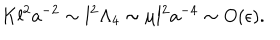
LaTeX: K l ^ { 2 } a ^ { - 2 } \sim l ^ { 2 } \Lambda _ { 4 } \sim \mu l ^ { 2 } a ^ { - 4 } \sim O ( \epsilon ) .